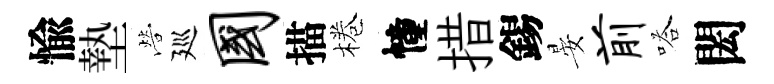
愉墊營廵国描棬幢措錫晏前嗒閎